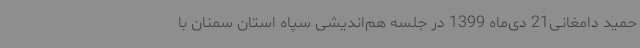
حمید دامغانی21 دی‌ماه 1399 در جلسه هم‌اندیشی سپاه استان سمنان با